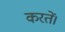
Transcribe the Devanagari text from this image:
करतें।